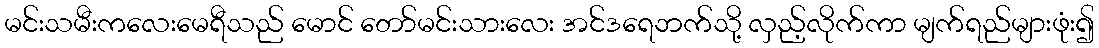
မင်းသမီးကလေးမေရီသည် မောင် တော်မင်းသားလေး အင်ဒရေဘက်သို့ လှည့်လိုက်ကာ မျက်ရည်များဖုံး၍